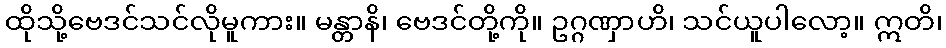
ထိုသို့ဗေဒင်သင်လိုမူကား။ မန္တာနိ၊ ဗေဒင်တို့ကို။ ဥဂ္ဂဏှာဟိ၊ သင်ယူပါလော့။ ဣတိ၊